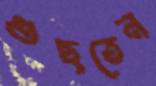
গুছতেন